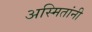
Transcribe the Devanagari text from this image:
अस्मितांनी